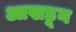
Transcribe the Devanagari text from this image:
आखडून